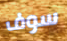
سوف